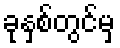
ခုနှစ်တွင်မှ